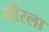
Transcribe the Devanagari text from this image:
भीरला